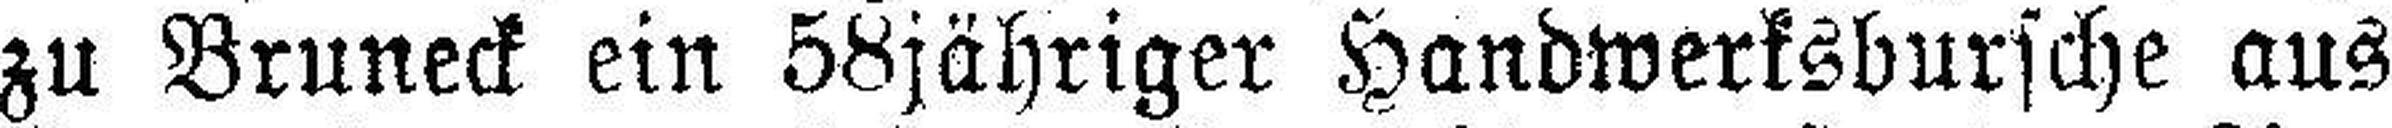
zu Bruneck ein 58jähriger Handwerksbursche aus